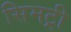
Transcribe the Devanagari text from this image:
सिमट्री